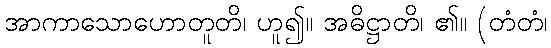
အာကာသောဟောတူတိ၊ ဟူ၍။ အဓိဋ္ဌာတိ၊ ၏။ (တံတံ၊